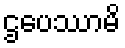
ဌပေဿာမိ